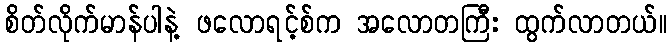
စိတ်လိုက်မာန်ပါနဲ့ ဖလောရင့်စ်က အလောတကြီး ထွက်လာတယ်။